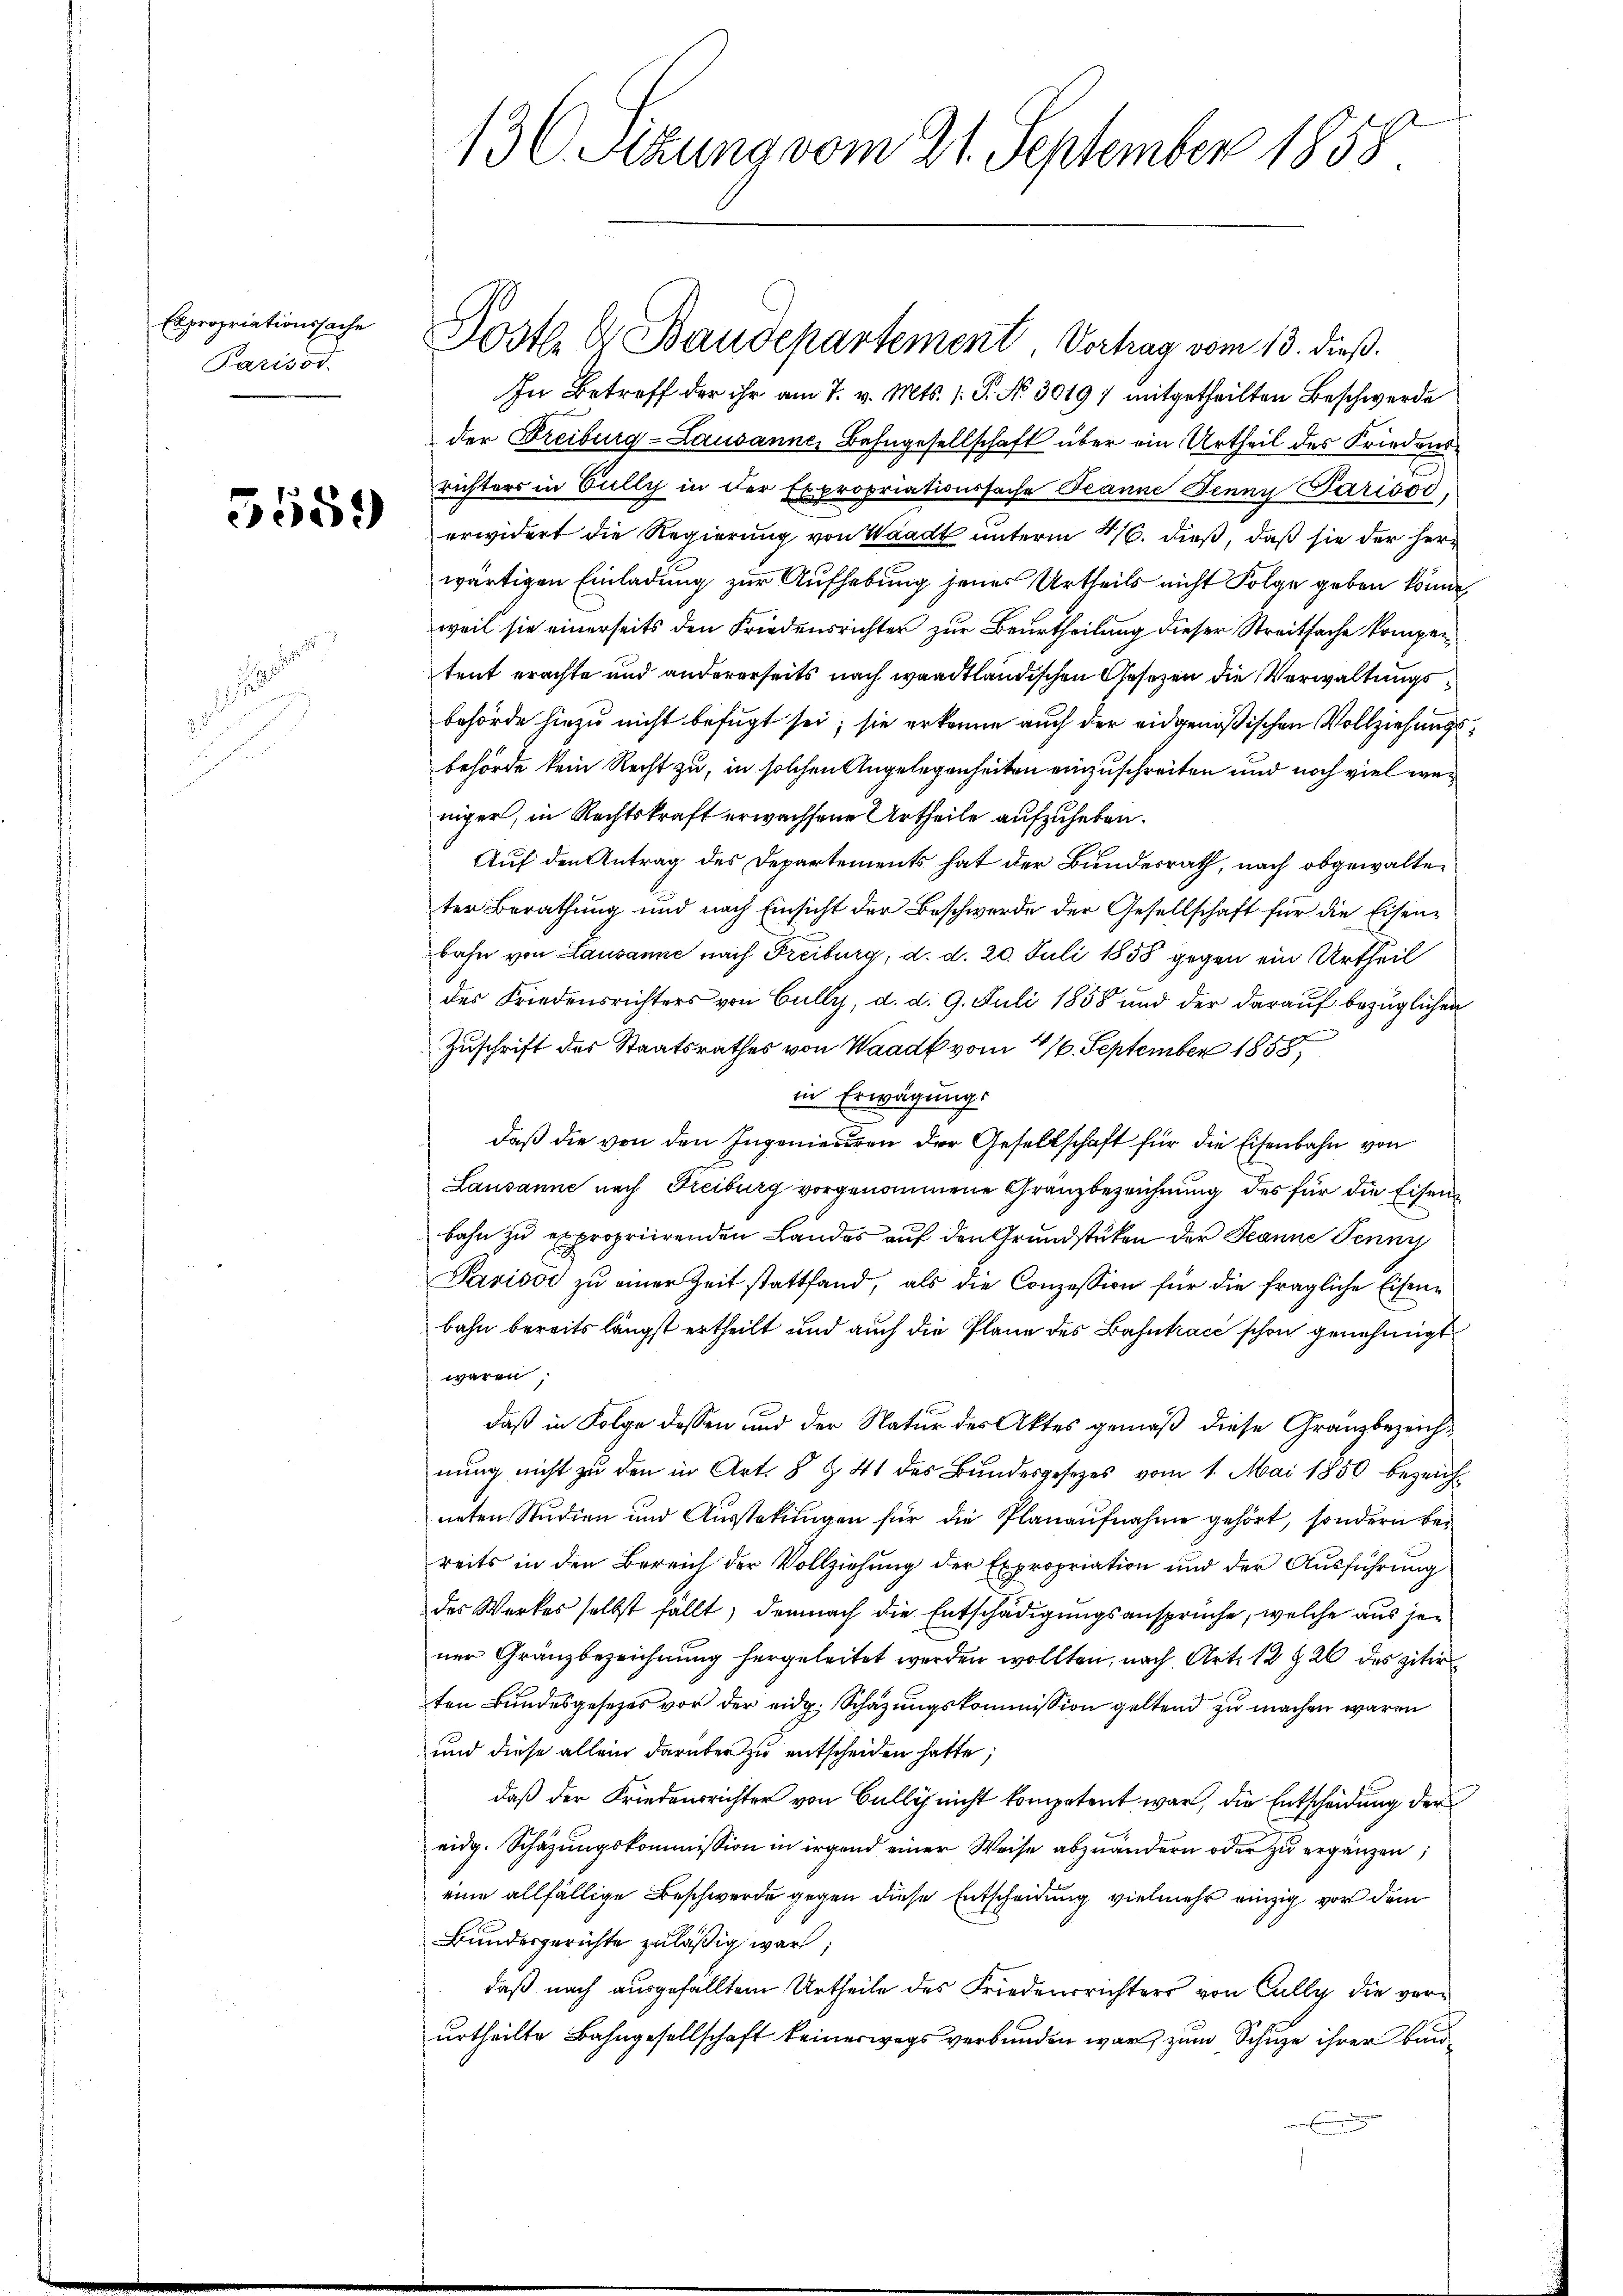
Expropriationssache
Parisod

3559

e
s

In Betreff der ihr am 7. v. Mts. (: P. Nr. 3019 7 mitgetheilten Beschwerde
der Freiburg-Lausanne, Bahngesellschaft über ein Urtheil des Friedens
richters in Vully in der Expropriationssache Tanne Jenny Parisod,
erwidert die Regierung von Waadt unterm 416. dieß, daß sie der herwärtigen Einladung zur Aufhebung jenes Urtheils nicht Folge geben könne,
weil sie einerseits den Friedensrichten zur Beurtheilung dieser Streitsache kompentent erachte und andererseits nach waadtländischen Gesetzen die Verwaltungsbehörde hiezu nicht befugt sei; sie erkenne auch der eidgenößischen Vollziehungsbehörde kein Recht zu, in solchen Angelegenheiten einzuschreiten und noch viel wei
niger, in Rechtskraft erwachsene Urtheile aufzuheben.
Auf den Antrag des Departements hat der Bundesrath, nach abgewalten
ter Berathung und nach Einsicht der Beschwerde der Gesellschaft für die Eisenbahn von Lausanne nach Freiburg, d. d. 20. Juli 1858 gegen ein Urtheil
des Friedensrichters von Cully, d. d. 9. Juli 1858 und der darauf bezüglichen
Zuschrift des Staatsrathes von Waadt vom 16. September 1858,
in Erwägung.
daß die von den Ingenieuren der Gesellschaft für die Eisenbahn von
Lausanne nach Freiburg vorgenommene Granzbezeichnung des für die Eisenbahn zu expropriirenden Landes auf den Grundstücken der Jeanne Penny
Paviso zu einer Zeit stattfand, als die Conzession für die fragliche Eisenbahn bereits längst ertheilt und auch die Plane des Bahntrace schon genehmigt
veren
daß in Folge dessen und der Natur des Aktes gemäß diese Granzbezeichnŭng nicht zŭ den in Art. 8 Z. 41 des Bŭndesgesetzes vom 1. Mai 1850 bezeich
neten Studien und Ausstekungen für die Planaufnahme gehört, sondern bereits in den Bereich der Vollziehŭng der Expropriation und der Aŭsführŭng
des Werkes selbst fällt, demnach die Entschädigungsansprüche, welche aus jener Gränzbezeichnung hergeleitet werden wollten, nach Art. 12 § 26 des zitir
ten Bundesgesetzes vor der eidg. Schazungskommission geltend zu machen waren
und diese allein darüber zu entscheiden hatte;
daß der Friedensrichter von Cully nicht kompetent war, die Entscheidung der
eidg. Schazungskommission in irgend einer Weise abzuändern oder zu ergänzen,
eine allfällige Beschwerde gegen diese Entscheidung vielmehr einzig vor dem
Bundesgerichte zuläßig war
daß nach ausgefälltem Urtheile des Friedensrichters von Cally die verurtheilte Bahngesellschaft keinerwegs verbunden war, zum Schuze ihrer bind

130. Sitzung vom 21. September 1858

Postl. G. Baudepartement, Vorhag vom 13. dieß.